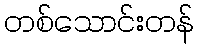
တစ်သောင်းတန်